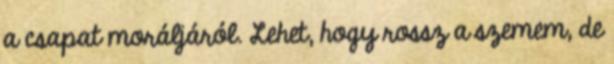
a csapat moráljáról. Lehet, hogy rossz a szemem, de